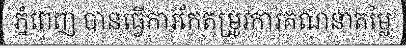
ភ្នំពេញ បានធ្វើការកែតម្រូវការគណនាតម្លៃ